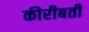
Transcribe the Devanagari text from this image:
कीरीबती